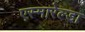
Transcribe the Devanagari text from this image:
एस्मारेल्डा